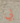
بي